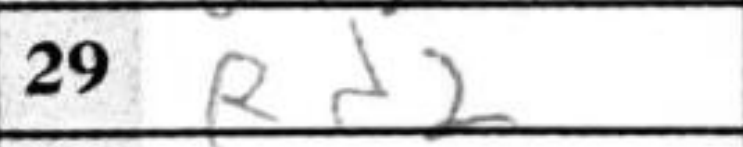
Transcription: Rd2